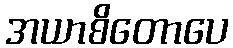
အယာစိတောပေ